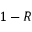
1 - R